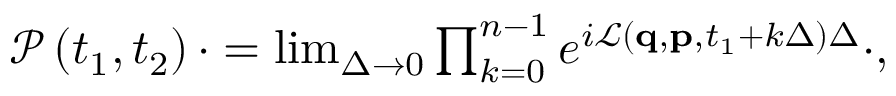
\begin{array} { r } { \mathcal { P } \left( t _ { 1 } , t _ { 2 } \right) \cdot = \operatorname* { l i m } _ { \Delta \rightarrow 0 } \prod _ { k = 0 } ^ { n - 1 } e ^ { i \mathcal { L } \left( \mathbf { q } , \mathbf { p } , t _ { 1 } + k \Delta \right) \Delta } \cdot , } \end{array}